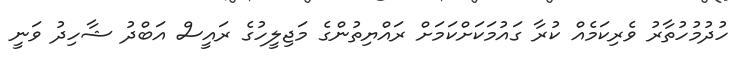
ހުދުމުހުތާރު ވެރިކަމެއް ކުރާ ގައުމަކަށްކަމަށް ރައްޔިތުންގެ މަޖިލީހުގެ ރައީސް އަބްދު ޝާހިދު ވަނީ